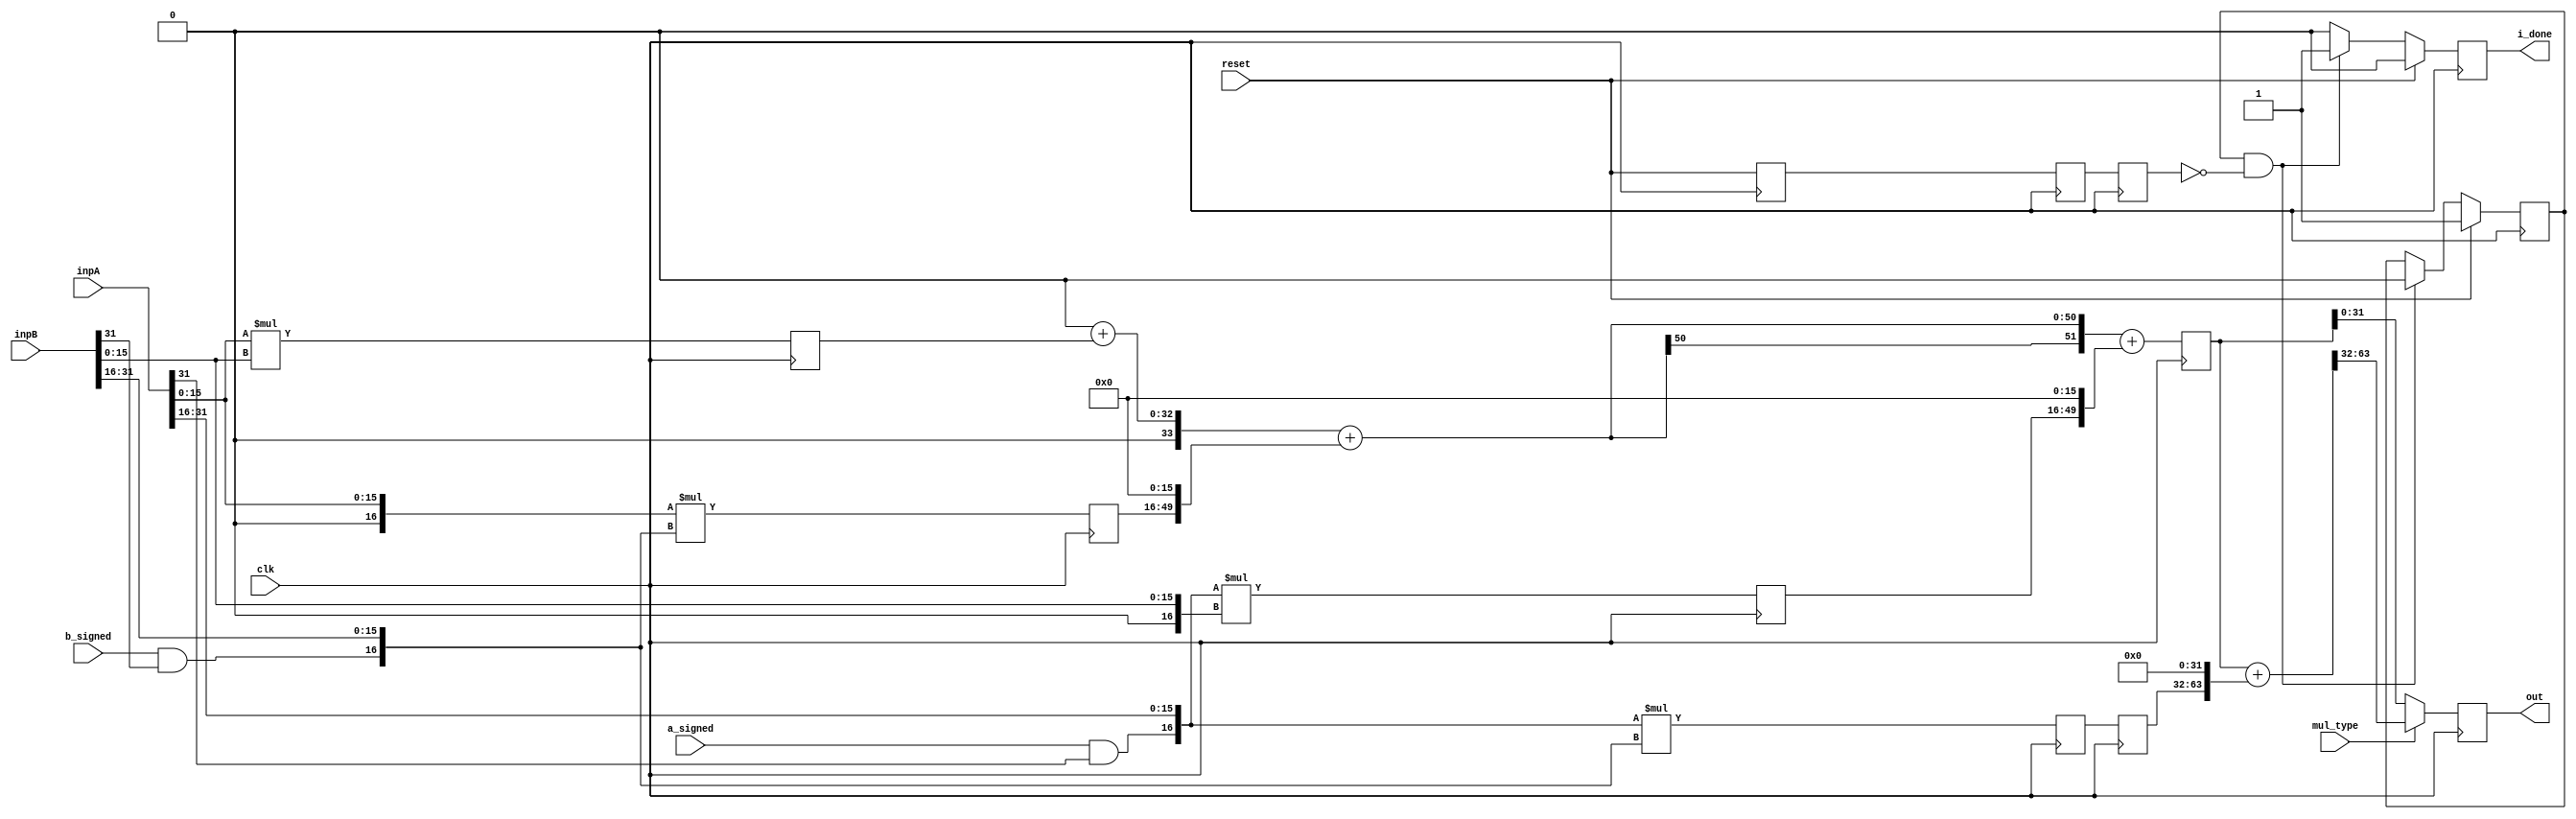
module MulInfer (
      input   [31:0] inpA,
      input   [31:0] inpB,
      output  [31:0] out,
      output  i_done,
      input   a_signed,
      input   b_signed,
      input   clk,
      input   mul_type,
      input   reset);

  wire execute_MulPlugin_aSigned;
  wire execute_MulPlugin_bSigned;
  reg [33:0] execute_to_memory_MUL_HL;
  reg is_running = 1'b0;
  reg done = 1'b0;
  assign i_done = done;

  wire [31:0] execute_MulPlugin_a;
  wire [31:0] execute_MulPlugin_b;
  wire [15:0] execute_MulPlugin_aULow;
  wire [15:0] execute_MulPlugin_bULow;
  wire [16:0] execute_MulPlugin_aSLow;
  wire [16:0] execute_MulPlugin_bSLow;
  wire [16:0] execute_MulPlugin_aHigh;
  wire [16:0] execute_MulPlugin_bHigh;
  wire [65:0] writeBack_MulPlugin_result;
  reg [33:0] execute_to_memory_MUL_HH;
  reg [33:0] memory_to_writeBack_MUL_HH;
  reg [51:0] memory_to_writeBack_MUL_LOW;
  reg [31:0] execute_to_memory_MUL_LL;
  reg [33:0] execute_to_memory_MUL_LH;
  wire [31:0] execute_MUL_LL;
  wire [33:0] execute_MUL_LH;
  wire [33:0] memory_MUL_HH;
  wire [33:0] execute_MUL_HH;
  reg  decode_to_execute_IS_MUL;
  reg  execute_to_memory_IS_MUL;
  wire [33:0] execute_MUL_HL;
  wire  memory_IS_MUL;
  wire  execute_IS_MUL;
  wire  decode_IS_MUL;
  reg  memory_to_writeBack_IS_MUL;
  wire [51:0] memory_MUL_LOW;
  wire  writeBack_IS_MUL;
  wire [33:0] writeBack_MUL_HH;
  wire [51:0] writeBack_MUL_LOW;
  wire [33:0] memory_MUL_HL;
  wire [33:0] memory_MUL_LH;
  wire [31:0] memory_MUL_LL;
  wire [51:0] _zz_25_;
  wire [33:0] _zz_26_;
  wire [33:0] _zz_27_;
  wire [33:0] _zz_28_;
  wire [31:0] _zz_29_;
  wire [51:0] _zz_258_;
  wire [51:0] _zz_259_;
  wire [51:0] _zz_260_;
  wire [32:0] _zz_261_;
  wire [51:0] _zz_262_;
  wire [49:0] _zz_263_;
  wire [51:0] _zz_264_;
  wire [49:0] _zz_265_;
  wire [51:0] _zz_266_;
  wire [65:0] _zz_267_;
  wire [65:0] _zz_268_;
  wire [31:0] _zz_269_;
  wire [31:0] _zz_270_;
  reg [31:0] out_result;
  assign out = out_result;
  wire _zz_171_;
  wire _zz_172_;

  assign execute_MulPlugin_a = inpA;
  assign execute_MulPlugin_b = inpB;
  assign execute_MulPlugin_aSigned = a_signed;
  assign execute_MulPlugin_bSigned = b_signed;

  assign execute_MulPlugin_aULow = execute_MulPlugin_a[15 : 0];
  assign execute_MulPlugin_bULow = execute_MulPlugin_b[15 : 0];
  assign execute_MulPlugin_aSLow = {1'b0,execute_MulPlugin_a[15 : 0]};
  assign execute_MulPlugin_bSLow = {1'b0,execute_MulPlugin_b[15 : 0]};
  assign execute_MulPlugin_aHigh = {(execute_MulPlugin_aSigned && execute_MulPlugin_a[31]),execute_MulPlugin_a[31 : 16]};
  assign execute_MulPlugin_bHigh = {(execute_MulPlugin_bSigned && execute_MulPlugin_b[31]),execute_MulPlugin_b[31 : 16]};

  assign _zz_29_ = (execute_MulPlugin_aULow * execute_MulPlugin_bULow);
  assign _zz_28_ = ($signed(execute_MulPlugin_aSLow) * $signed(execute_MulPlugin_bHigh));
  assign _zz_27_ = ($signed(execute_MulPlugin_aHigh) * $signed(execute_MulPlugin_bSLow));
  assign _zz_26_ = ($signed(execute_MulPlugin_aHigh) * $signed(execute_MulPlugin_bHigh));

  assign _zz_25_ = ($signed(_zz_258_) + $signed(_zz_266_));
  assign _zz_258_ = ($signed(_zz_259_) + $signed(_zz_264_));
  assign _zz_259_ = ($signed(_zz_260_) + $signed(_zz_262_));
  assign _zz_260_ = (52'b0000000000000000000000000000000000000000000000000000);
  assign _zz_261_ = {1'b0,memory_MUL_LL};
  assign _zz_262_ = {{19{_zz_261_[32]}}, _zz_261_};
  assign _zz_263_ = ({16'd0,memory_MUL_LH} <<< 16);
  assign _zz_264_ = {{2{_zz_263_[49]}}, _zz_263_};
  assign _zz_265_ = ({16'd0,memory_MUL_HL} <<< 16);
  assign _zz_266_ = {{2{_zz_265_[49]}}, _zz_265_};
  assign _zz_267_ = {{14{writeBack_MUL_LOW[51]}}, writeBack_MUL_LOW};
  assign _zz_268_ = ({32'd0,writeBack_MUL_HH} <<< 32);
  assign _zz_269_ = writeBack_MUL_LOW[31 : 0];
  assign _zz_270_ = writeBack_MulPlugin_result[63 : 32];
  assign writeBack_MulPlugin_result = ($signed(_zz_267_) + $signed(_zz_268_));
  assign memory_MUL_HH = execute_to_memory_MUL_HH;
  assign memory_MUL_LOW = _zz_25_;
  assign execute_MUL_HH = _zz_26_;
  assign execute_MUL_HL = _zz_27_;
  assign execute_MUL_LH = _zz_28_;
  assign execute_MUL_LL = _zz_29_;
  assign memory_MUL_HL = execute_to_memory_MUL_HL;
  assign memory_MUL_LH = execute_to_memory_MUL_LH;
  assign memory_MUL_LL = execute_to_memory_MUL_LL;
  assign memory_IS_MUL = execute_to_memory_IS_MUL;
  assign execute_IS_MUL = decode_to_execute_IS_MUL;
  wire memory_arbitration_isStuck;
  wire writeBack_arbitration_isStuck;
  wire execute_arbitration_isStuck;

  assign writeBack_IS_MUL = memory_to_writeBack_IS_MUL;
  assign writeBack_MUL_HH = memory_to_writeBack_MUL_HH;
  assign writeBack_MUL_LOW = memory_to_writeBack_MUL_LOW;
  assign memory_MUL_HL = execute_to_memory_MUL_HL;
  assign memory_MUL_LH = execute_to_memory_MUL_LH;
  assign memory_MUL_LL = execute_to_memory_MUL_LL;

  assign memory_arbitration_isStuck = 1'b0;
  assign writeBack_arbitration_isStuck = 1'b0;
  assign execute_arbitration_isStuck = 1'b0;
  assign decode_IS_MUL = reset;

  always @ (posedge clk) begin

    if (reset) begin
      is_running <= 1;
      done <= 0;
    end else if (is_running && ~memory_to_writeBack_IS_MUL) begin
      is_running <= 0;
      done <= 1;
    end else begin
      done <= 0;
    end

    if((! execute_arbitration_isStuck))begin
      decode_to_execute_IS_MUL <= decode_IS_MUL;
    end
    if((! memory_arbitration_isStuck))begin
      execute_to_memory_IS_MUL <= execute_IS_MUL;
    end

    if((! writeBack_arbitration_isStuck))begin
      memory_to_writeBack_IS_MUL <= memory_IS_MUL;
    end
    if((! writeBack_arbitration_isStuck))begin
      memory_to_writeBack_MUL_LOW <= memory_MUL_LOW;
    end
    if((! writeBack_arbitration_isStuck))begin
      memory_to_writeBack_MUL_HH <= memory_MUL_HH;
    end

    if((! memory_arbitration_isStuck))begin
      execute_to_memory_MUL_HH <= execute_MUL_HH;
    end
    if((! memory_arbitration_isStuck))begin
      execute_to_memory_MUL_HL <= execute_MUL_HL;
    end
    if((! memory_arbitration_isStuck))begin
      execute_to_memory_MUL_LL <= execute_MUL_LL;
    end
    if((! memory_arbitration_isStuck))begin
      execute_to_memory_MUL_LH <= execute_MUL_LH;
    end

    if (mul_type) begin
      out_result <= _zz_270_;
    end else begin
      out_result <= _zz_269_;
    end
  end
endmodule